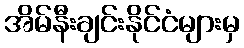
အိမ်နီးချင်းနိုင်ငံများမှ